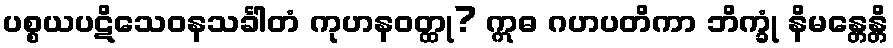
ပစ္စယပဋိသေဝနသင်္ခါတံ ကုဟနဝတ္ထု? ဣဓ ဂဟပတိကာ ဘိက္ခုံ နိမန္တေန္တိ